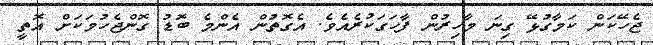
ޖެހޭކަން ކަމާގުޅޭ ގިނަ މާހިރުން ފާހަގަކުރެއެވެ. އެގޮތުން އެންމެ ބޮޑު ގޮންޖެހުމަކަށް އޮތީ